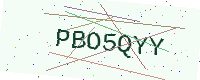
Text: PBO5QYY